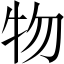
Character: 物